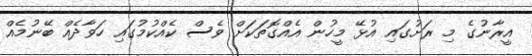
އީރާނުގެ މި ރަށުގައި އުޅޭ މީހުން އެއްގޮތަކަށް ވެސް ކެއްކުމުގައި ހަވާދެއް ބޭނުމެއް